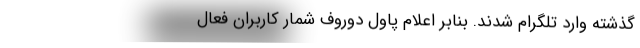
گذشته وارد تلگرام شدند. بنابر اعلام پاول دوروف شمار کاربران فعال